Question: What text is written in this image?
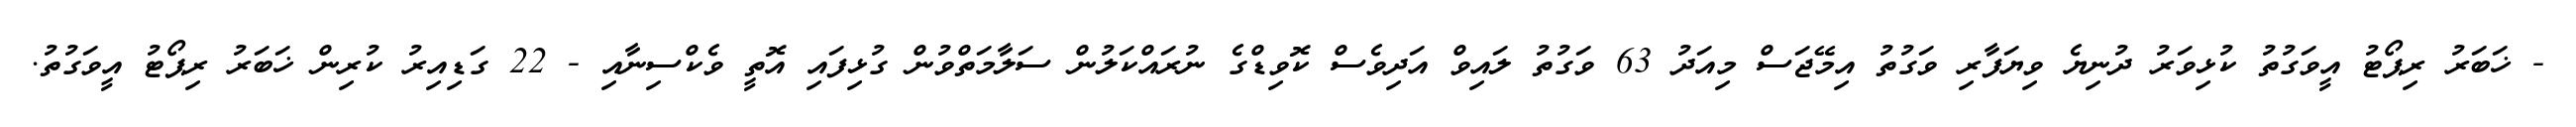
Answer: - ޚަބަރު ރިޕޯޓު އީވަގުތު ކުޅިވަރު ދުނިޔެ ވިޔަފާރި ވަގުތު އިމޭޖަސް މިއަދު 63 ވަގުތު ލައިވް އަދިވެސް ކޮވިޑްގެ ނުރައްކަލުން ސަލާމަތްވުން ގުޅިފައި އޮތީ ވެކްސިނާއި - 22 ގަޑިއިރު ކުރިން ޚަބަރު ރިޕޯޓު އީވަގުތު.